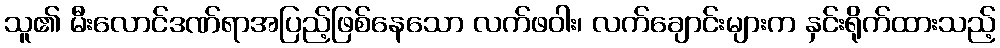
သူ၏ မီးလောင်ဒဏ်ရာအပြည့်ဖြစ်နေသော လက်ဖဝါး၊ လက်ချောင်းများက နှင်းရိုက်ထားသည့်